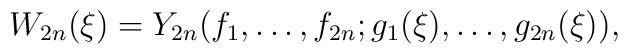
W_{2n}(\xi)=Y_{2n}(f_{1},\ldots,f_{2n};g_1(\xi),\ldots,g_{2n}(\xi)),